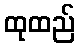
ထုထည်